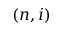
( n , i )